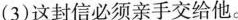
(3)这封信必须亲手交给他。